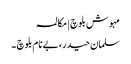
مہوش بلوچ | مکالمہ
سلمان حیدر، بے نام بلوچ ۔